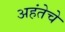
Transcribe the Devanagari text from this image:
अहंतेचे